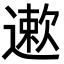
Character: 遬